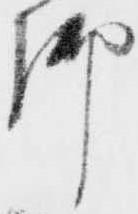
御